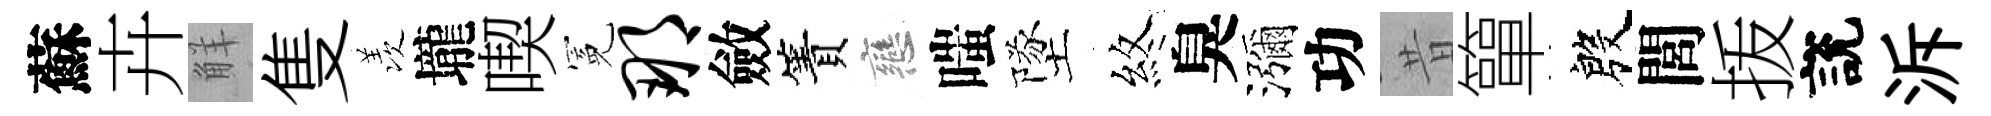
蘇卉觧隻羡壠喫冕那斂簀戀嗤墜煞臭瀰功昔簞殷閭㧞說泝